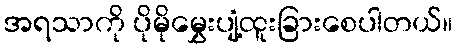
အရသာကို ပိုမိုမွှေးပျံ့ထူးခြားစေပါတယ်။